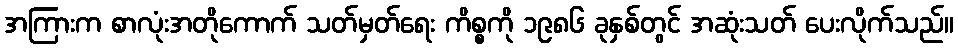
အကြားက စာလုံးအတိုကောက် သတ်မှတ်ရေး ကိစ္စကို ၁၉၈၆ ခုနှစ်တွင် အဆုံးသတ် ပေးလိုက်သည်။